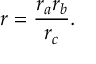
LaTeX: \displaystyle r = { \frac { r _ { a } r _ { b } } { r _ { c } } } .